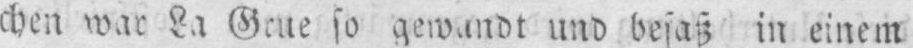
La Grue so gewandt und besaß in einem